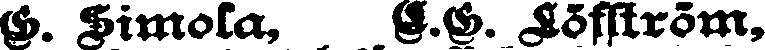
G. Simola, E.G:. Löfström,